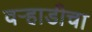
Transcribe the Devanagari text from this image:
वऱ्हाडीचा